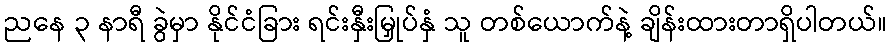
ညနေ ၃ နာရီ ခွဲမှာ နိုင်ငံခြား ရင်းနှီးမြှုပ်နှံ သူ တစ်ယောက်နဲ့ ချိန်းထားတာရှိပါတယ်။